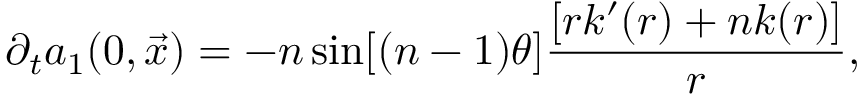
\partial _ { t } a _ { 1 } ( 0 , \vec { x } ) = - n \sin [ ( n - 1 ) \theta ] \frac { [ r k ^ { \prime } ( r ) + n k ( r ) ] } { r } ,